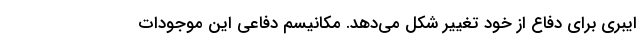
ایبری برای دفاع از خود تغییر شکل می‌دهد. مکانیسم دفاعی این موجودات